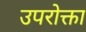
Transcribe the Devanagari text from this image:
उपरोक्ता